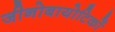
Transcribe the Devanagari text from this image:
जीनोबायोटिकों